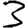
Digit: 3